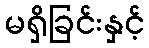
မရှိခြင်းနှင့်